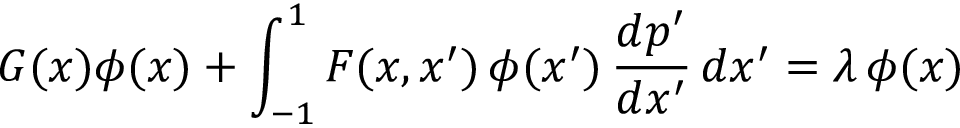
G ( x ) \phi ( x ) + \int _ { - 1 } ^ { 1 } F ( x , x ^ { \prime } ) \, \phi ( x ^ { \prime } ) \, { \frac { d p ^ { \prime } } { d x ^ { \prime } } } \, d x ^ { \prime } = \lambda \, \phi ( x )